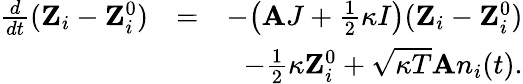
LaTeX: \begin{array}{rlr}{\frac{d}{dt}({\mathbf Z}_{i}-{\mathbf Z}_{i}^{0})}&{=}&{-\big({\mathbf AJ+\frac{1}{2}\kappa I}\big)({\mathbf Z}_{i}-{\mathbf Z}_{i}^{0})}\\ &{}&{-\frac{1}{2}\kappa{\mathbf Z}_{i}^{0}+\sqrt{\kappa T}{\mathbf A}n_{i}(t).}\end{array}